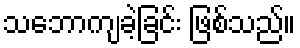
သဘောကျခဲ့ခြင်း ဖြစ်သည်။